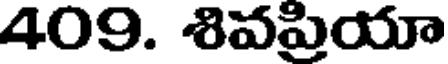
409. శివప్రయా